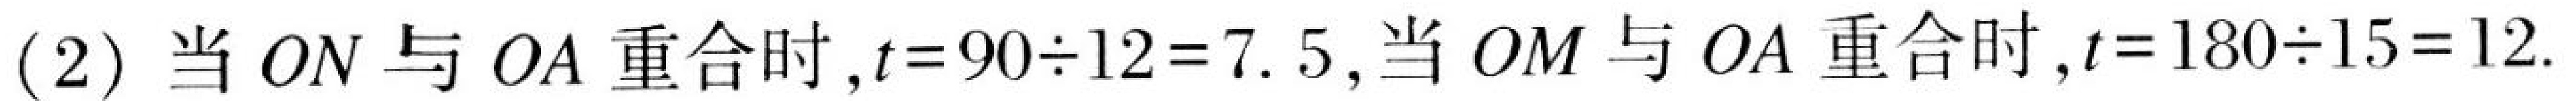
$(2)\ 当\ ON\ 与\ OA\ 重合时,t = 90\div12 = 7.5,当\ OM\ 与\ OA\ 重合时,t = 180\div15 = 12.$